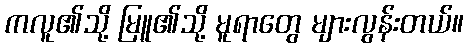
ကလူ၏သို့ မြူ၏သို့ မူရာတွေ များလွန်းတယ်။